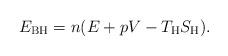
LaTeX: \begin{align*} E_{\rm BH}=n(E+pV -T_{\rm H}S_{\rm H}).\end{align*}